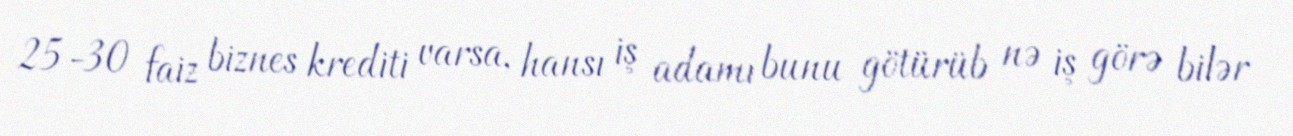
25-30 faiz biznes krediti varsa, hansı iş adamı bunu götürüb nə iş görə bilər